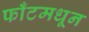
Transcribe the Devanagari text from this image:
फाँटमधून